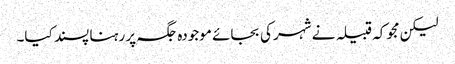
لیکن مجوکہ قبیلہ نے شہر کی بجائے موجودہ جگہ پر رہنا پسند کیا۔